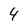
Character: 4